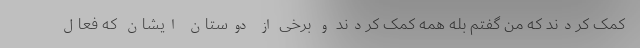
کمک کردند که من گفتم بله همه کمک کردند و برخی از دوستان ایشان که فعال